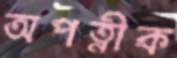
অপত্নীক